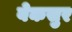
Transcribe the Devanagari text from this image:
बेकसुर